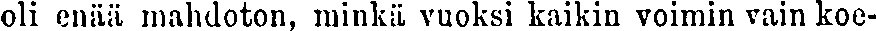
oli enää mahdoton, minkä vuoksi kaikin voimin vain koe-